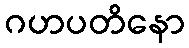
ဂဟပတိနော